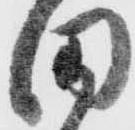
田